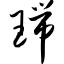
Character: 瑞